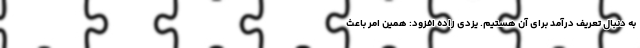
به دنبال تعریف درآمد برای آن هستیم. یزدی زاده افزود: همین امر باعث